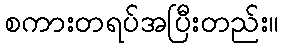
စကားတရပ်အပြီးတည်း။